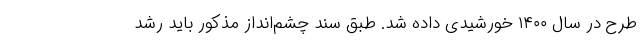
طرح در سال ۱۴۰۰ خورشیدی داده شد. طبق سند چشم‌انداز مذکور باید رشد